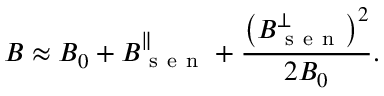
B \approx B _ { 0 } + B _ { \mathrm { ~ s ~ e ~ n ~ } } ^ { \parallel } + \frac { \left( B _ { \mathrm { ~ s ~ e ~ n ~ } } ^ { \perp } \right) ^ { 2 } } { 2 B _ { 0 } } .